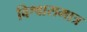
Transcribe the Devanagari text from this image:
विश्वासमात्र